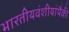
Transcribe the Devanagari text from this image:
भारतीयवंशीयांपैकी